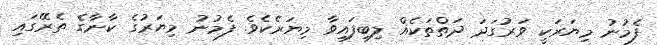
ފެމުނު މިޔަރަކީ ވަރުގަދަ ދަތްތަކެއް ލިބިފައިވާ މިޔަރެކެވެ. ފެމުނު މިޔަރުގެ ކާނާގެ ތެރޭގައި